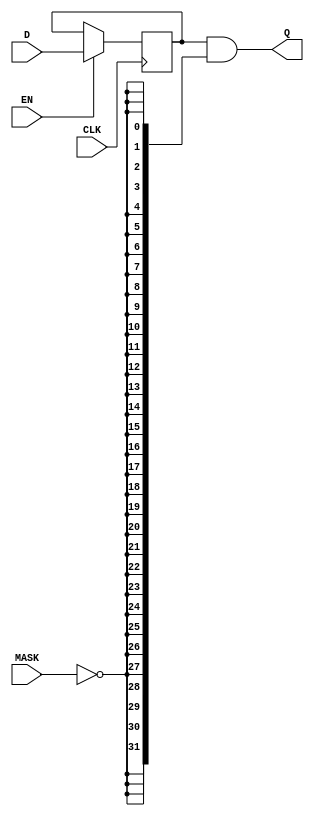
//-----------------------------------------------------------------------------
// The confidential and proprietary information contained in this file may
// only be used by a person authorised under and to the extent permitted
// by a subsisting licensing agreement from ARM Limited.
//
//            (C) COPYRIGHT 2012-2013 ARM Limited.
//                ALL RIGHTS RESERVED
//
// This entire notice must be reproduced on all copies of this file
// and copies of this file may only be made by a person if such person is
// permitted to do so under the terms of a subsisting license agreement
// from ARM Limited.
//
//   Checked In : $Date: 2013-03-27 10:42:39 +0000 (Wed, 27 Mar 2013) $
//   Revision   : $Revision: 242361 $
//   Release    : Cortex-M System Design Kit-r1p0-01rel0
//
//-----------------------------------------------------------------------------
// Verilog-2001 (IEEE Std 1364-2001)
//-----------------------------------------------------------------------------

//-----------------------------------------------------------------------------
// CDC sample and hold
//-----------------------------------------------------------------------------

// Cell implementing a D-type enabled flop with guaranteed electrically stable
// output when clocked but not enabled (i.e. an actual implementation may want
// to use a clock gate feeding a D-type here) followed by a hard AND gate
// guaranteed to produce a stable logic zero as long as at least one of its
// inputs is a stable logic zero.

module cmsdk_ahb_to_ahb_apb_async_sample_and_hold #(
      parameter WIDTH = 32
   ) (
      input  wire             CLK,
      input  wire             EN,
      input  wire             MASK,
      input  wire [WIDTH-1:0] D,
      output wire [WIDTH-1:0] Q
   );

   // --------
   // Clock enabled D-type register.

   reg [WIDTH-1:0] q_q;

   always @(posedge CLK)
      if(EN)
         q_q <= D;

   // --------
   // Mask with hard AND gate.

   assign Q = q_q & {WIDTH{~MASK}};

endmodule

// ----------------------------------------------------------------------------
// EOF
// ----------------------------------------------------------------------------